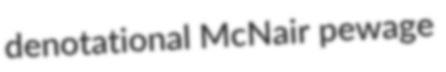
denotational McNair pewage